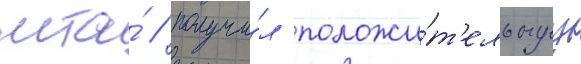
мта́ / получи́л положи́т'ельнуу